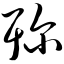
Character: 殄